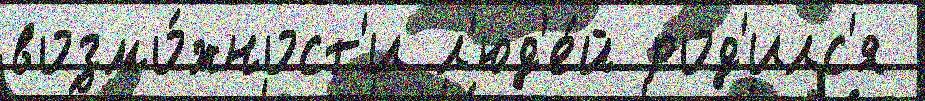
возмо́жност'и л'юд'е́й род'илс'я